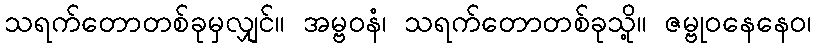
သရက်တောတစ်ခုမှလျှင်။ အမ္ဗဝနံ၊ သရက်တောတစ်ခုသို့။ ဇမ္ဗုဝနေနေဝ၊